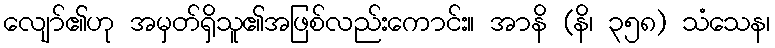
လျော်၏ဟု အမှတ်ရှိသူ၏အဖြစ်လည်းကောင်း။ အာနိ (နိ၊ ၃၅၈) သံသေန၊